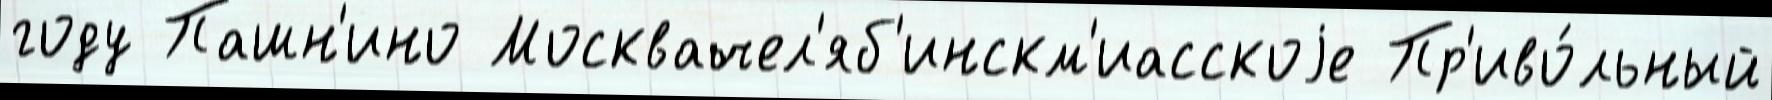
году Пашн'ино Москвачел'яб'инскм'иасскоjе Пр'иво́льный